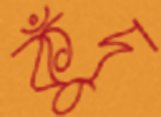
কুঁদ